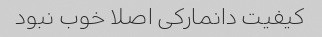
کیفیت دانمارکی اصلا خوب نبود